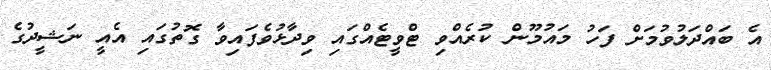
އެ ބައްދަލުވުމަށް ފަހު މައުމޫން ކުރެއްވި ޓްވީޓެއްގައި ވިދާޅުވެފައިވާ ގޮތުގައި އެއީ ނަޝީދުގެ